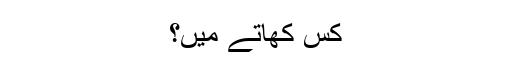
کس کھاتے میں؟